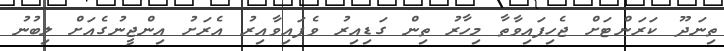
ތިނަދޫ ކަރަންޓަށް ޖެހިފައިވާތާ މިހާރު ތިން ގަޑިއިރު ވެފައިވާއިރު އެރަށު އިންޖީނުގެއަށް ލިބުނު